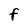
Character: F